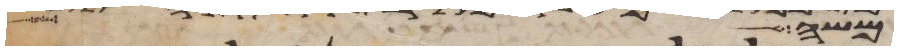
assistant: למשה לך לשלום